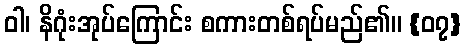
ဝါ၊ နိဂုံးအုပ်ကြောင်း စကားတစ်ရပ်မည်၏။ {၀၇}